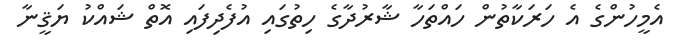
އެމީހުންގެ އެ ހަރަކާތުން ހައްތަހާ ޝާރުދާގެ ހިތުގައި އުފެދިފައި އޮތް ޝައްކު ޔަޤީނާ